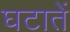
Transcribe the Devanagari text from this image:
घटातें